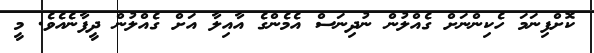
ކޮށްފިނަމަ ހެކިންނަށް ގެއްލުން ނުދިނަސް އެމެންގެ އާއިލާ އަށް ގެއްލުން ދީފާނެއެވެ. މީ